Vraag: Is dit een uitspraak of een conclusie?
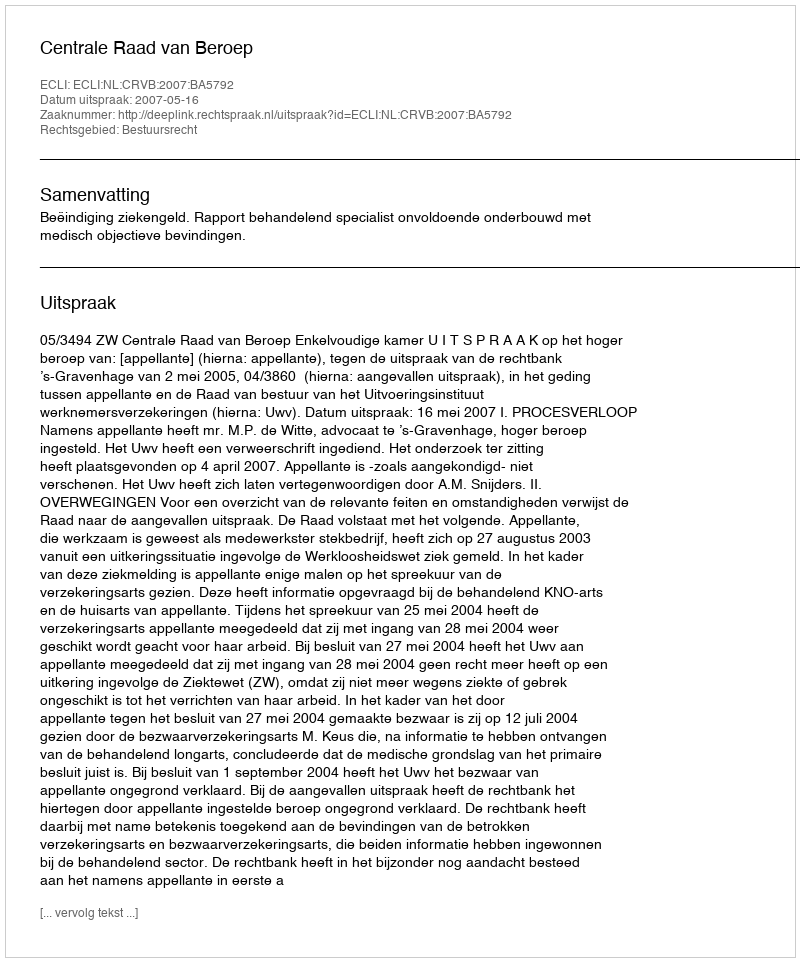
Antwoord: Uitspraak